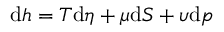
\mathrm { d } h = T \mathrm { d } \eta + \mu \mathrm { d } S + \upsilon \mathrm { d } p